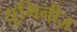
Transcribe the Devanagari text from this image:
यूमिनीज़